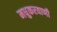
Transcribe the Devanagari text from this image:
मधुकरवाणी